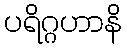
ပရိဂ္ဂဟာနိ